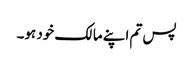
پس تم اپنے مالک خود ہو۔